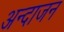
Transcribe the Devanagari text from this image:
अन्दाजन